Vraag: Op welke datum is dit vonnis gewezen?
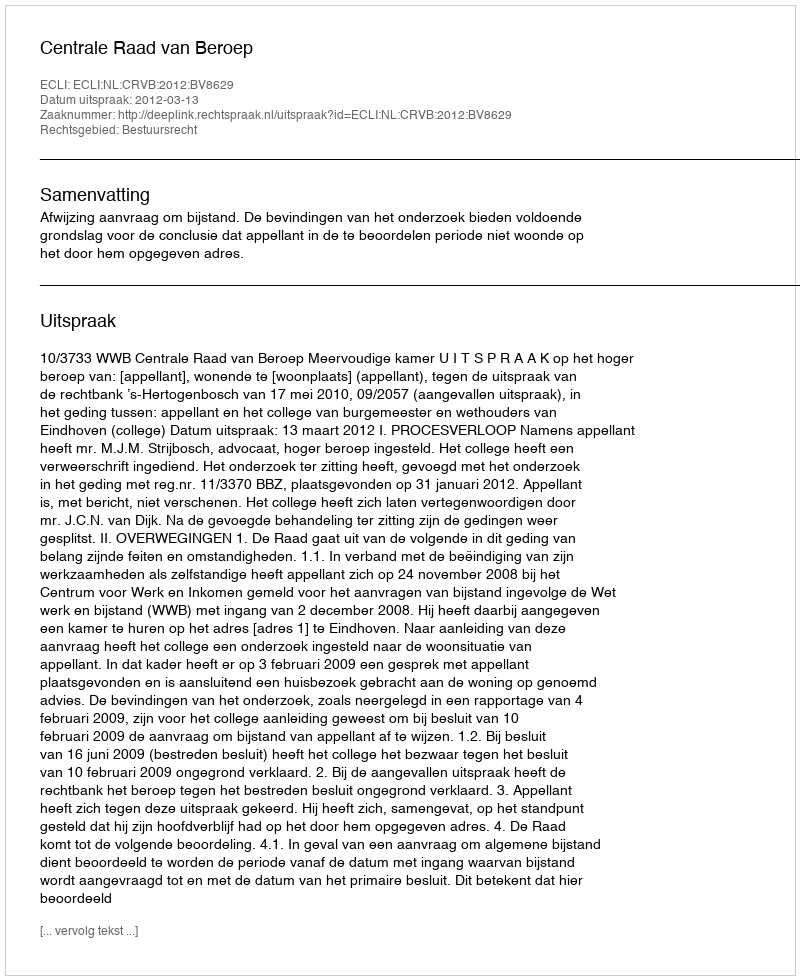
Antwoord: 2012-03-13